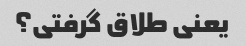
یعنی طلاق گرفتی؟